Annual report on the lock hospitals of the Madras Presidency
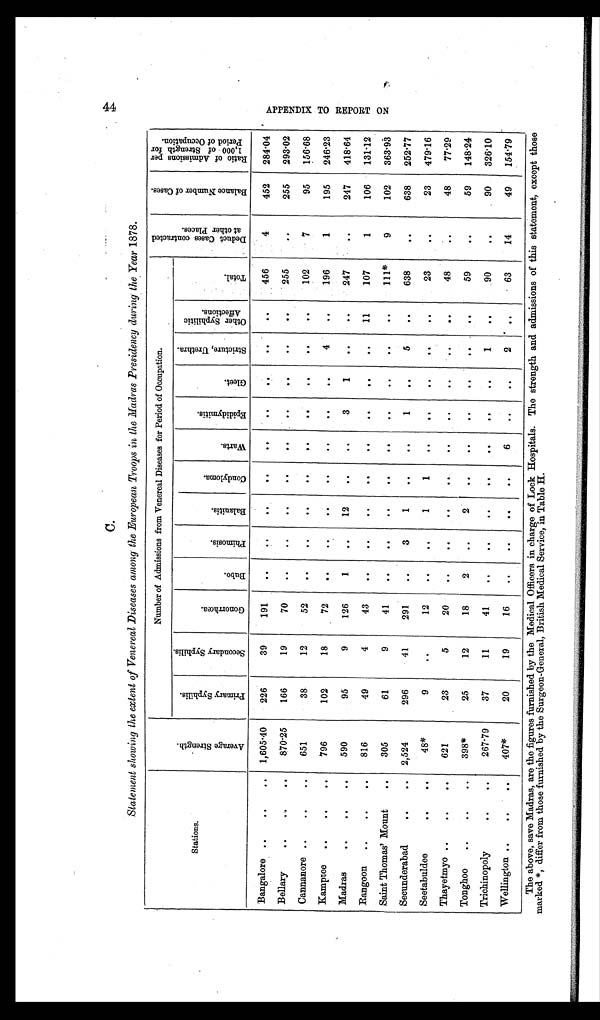
C.
4 4
Statement showing the extent of Venereal Diseases among the European Troops in the Madras Presidency during the Year 1878.
Stations.
A v e r a g e S t r e n g t h .
Number of Admissions from Venereal Diseases for Period of Occupation.
D e d u c t C a s e s c o n t r a c t e d a t o t h e r P l a c e s .
B a l a n c e N u m b e r o f C a s e s . R a t i o o f A d m i s s i o n s p e r 1 , 0 0 0 o f S t r e n g t h f o r P e r i o d o f O c c u p a t i o n .
P r i m a r y S y p h i l i s .
S e c o n d a r y S y p h i l i s .
G o n o r r h œ a .
B u b o .
P h i m o s i s .
B a l a n i t i s .
C o n d y l o m a .
W a r t s .
E p i d i d y m i t i s .
Gl eet .
S t r i c t u r e , U r e t h r a .
O t h e r S y p h i l i t i c A f f e c t i o n s .
T o t a l .
Bangalore ..
..
..
1,605·40
226
39
191
. .
. .
. .
. .
. .
..
. .
..
..
456
4
452
284·04
Bellary
..
..
. .
870·25
166
19
70
. .
. .
. .
. .
. .
..
. .
. .
. .
255
. .
255
293·02
Cannanore ..
..
..
651
38
12
52
..
..
. .
. .
..
. .
. .
..
. .
102
7
95
156·68
Kamptee
..
..
..
796
102
18
72
. .
..
..
. .
..
..
..
4
..
196
1
195
246·23
Madras
..
..
. .
590
95
9
126
1
..
12
. .
. .
3
1
. .
. .
247
. .
247
418·64
Rangoon
..
..
..
816
49
4
43
. .
..
. .
. .
. .
. .
. .
. .
11
107
1
106
131·12
Saint Thomas' Mount
. .
305
61
9
41
. .
..
. .
..
. .
..
..
. .
. .
111*
9
102
363·93
Secunderabad
..
..
2,524
296
41
291
..
3
1
. .
. .
1
. .
5
..
638
.
.
638
252·77
Seetabuldee
..
. .
4 8 *
9
..
12
..
..
1
1
..
. .
. .
. .
..
23
. .
23
479·16
Thayetmyo ..
..
. .
621
23
5
20
..
. .
. .
. .
. .
..
. .
. .
. .
48
. .
48
77·29
Tonghoo
..
..
. .
398*
25
12
18
2
..
2
.
.
. .
..
..
..
..
59
. .
59
148·24
Trichinopoly
..
..
267·79
37
11
41
..
..
. .
..
. .
..
..
1
..
90
..
90
326·10
Wellington ..
..
. .
407*
20
19
16
. .
. .
..
..
6
..
. .
2 ..
63
14
49
154·79
A P P E N D I X T O R E P O R T O N
The above, save Madras, are the figures furnished by the Medical Officers in charge of Lock Hospitals. The strength and admissions of this statement, except those
marked *, differ from those furnished by the Surgeon-General, British Medical Service, in Table H.